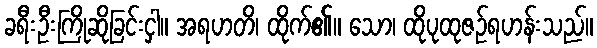
ခရီးဦးကြိုဆိုခြင်းငှါ။ အရဟတိ၊ ထိုက်၏။ သော၊ ထိုပုထုဇဉ်ရဟန်းသည်။